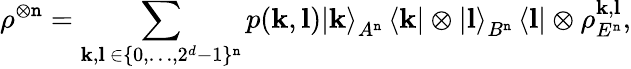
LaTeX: \rho^{\otimes\mathtt{n}}=\sum_{\mathbf{{k}},\mathbf{{l}}~\in\{ 0,\dots,2^{d}-1\} ^{\mathtt{n}}}p(\mathbf{{k}},\mathbf{{l}})\left\vert\mathbf{{k}}\right\rangle_{A^{\mathtt{n}}}\left\langle\mathbf{{k}}\right\vert\otimes\left\vert\mathbf{{l}}\right\rangle_{B^{\mathtt{n}}}\left\langle\mathbf{{l}}\right\vert\otimes\rho_{E^{\mathtt{n}}}^{\mathbf{{k}},\mathbf{{l}}},